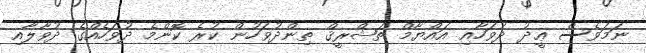
ނަމަވެސް ޢީދު ދުވަހާއި އައްޔާމް ތަޝްރީޤް ތިންދުވަހުން ކުރެ ކޮންމެ ދުވަހެއްގެ ދުވާލާއި